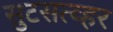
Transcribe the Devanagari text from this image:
सुटसत्व्हर